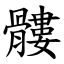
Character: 髏